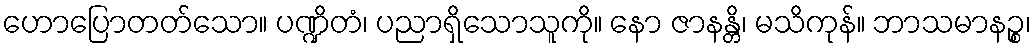
ဟောပြောတတ်သော။ ပဏ္ဍိတံ၊ ပညာရှိသောသူကို။ နော ဇာနန္တိ၊ မသိကုန်။ ဘာသမာနဉ္စ၊